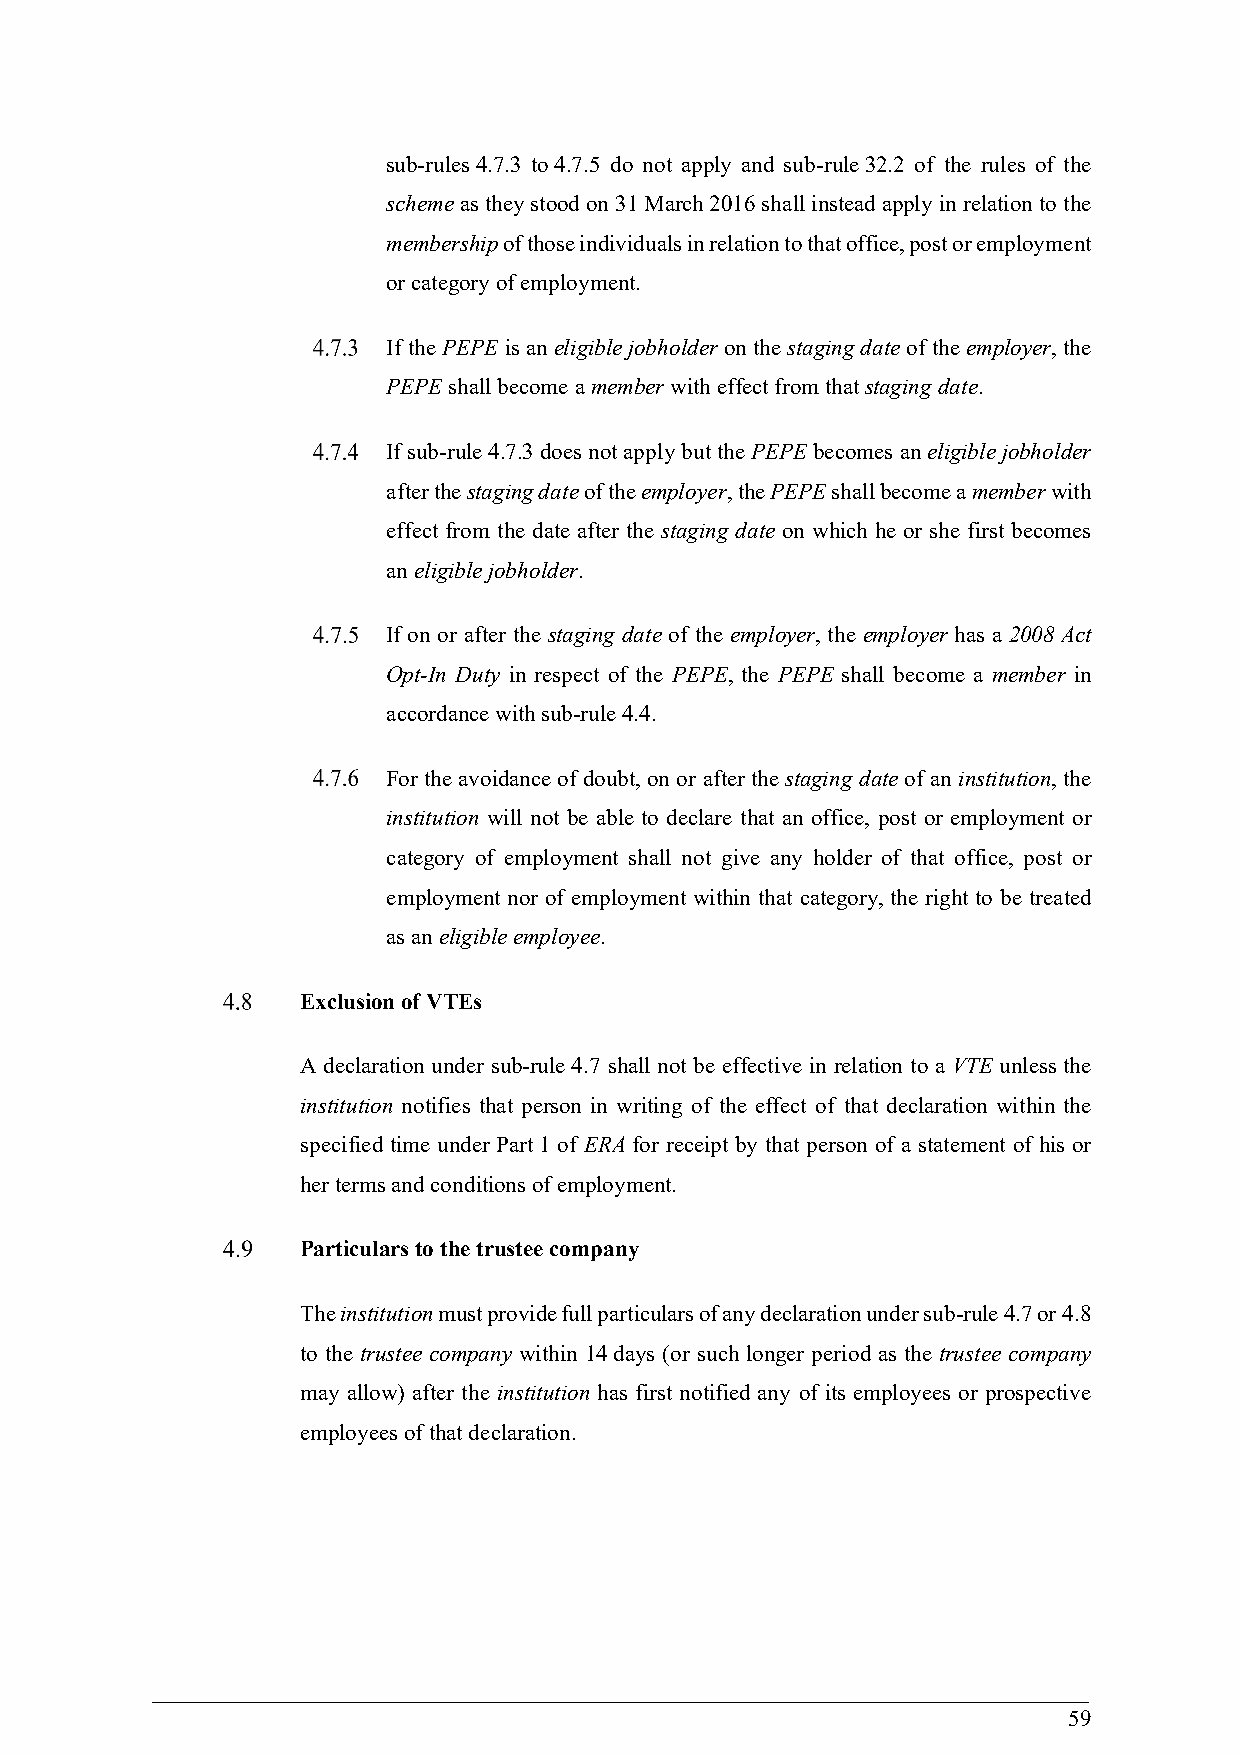
sub-rules 4.7.3 to 4.7.5 do not apply and sub-rule 32.2 of the rules of the
 scheme as they stood on 31 March 2016 shall instead apply in relation to the
 membership of those individuals in relation to that office, post or employment
 or category of employment.
 If the PEPE is an eligible jobholder on the staging date of the employer, the
 PEPE shall become a member with effect from that staging date.
 If sub-rule 4.7.3 does not apply but the PEPE becomes an eligible jobholder
 after the staging date of the employer, the PEPE shall become a member with
 effect from the date after the staging date on which he or she first becomes
 an eligible jobholder.
 If on or after the staging date of the employer, the employer has a 2008 Act
 Opt-In Duty in respect of the PEPE, the PEPE shall become a member in
 accordance with sub-rule 4.4.
 For the avoidance of doubt, on or after the staging date of an institution, the
 institution will not be able to declare that an office, post or employment or
 category of employment shall not give any holder of that office, post or
 employment nor of employment within that category, the right to be treated
 as an eligible employee.
 Exclusion of VTEs
 A declaration under sub-rule 4.7 shall not be effective in relation to a VTE unless the
 institution notifies that person in writing of the effect of that declaration within the
 specified time under Part 1 of ERA for receipt by that person of a statement of his or
 her terms and conditions of employment.
 Particulars to the trustee company
 The institution must provide full particulars of any declaration under sub-rule 4.7 or 4.8
 to the trustee company within 14 days (or such longer period as the trustee company
 may allow) after the institution has first notified any of its employees or prospective
 employees of that declaration.
 59